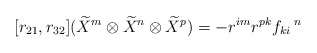
\begin{align*}[r_{21},r_{32}](\widetilde{X}^{m}\otimes \widetilde{X}^{n}\otimes \widetilde{X}^{p})=-r^{im}r^{pk}f_{ki}\,^{n}\end{align*}